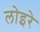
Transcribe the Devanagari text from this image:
लोइरे